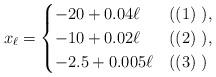
LaTeX: \begin{align*}x_{\ell} =\begin{cases}-20+0.04 \ell & ((1)\ ), \\-10+0.02 \ell & ((2)\ ), \\-2.5+0.005 \ell & ((3)\ )\end{cases}\end{align*}